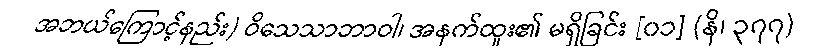
အဘယ်ကြောင့်နည်း) ဝိသေသာဘာဝါ၊ အနက်ထူး၏ မရှိခြင်း [၀၁] (နိ၊ ၃၇၇)